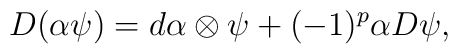
D (\alpha\psi) = d\alpha \otimes \psi + (-1)^p \alpha D \psi,